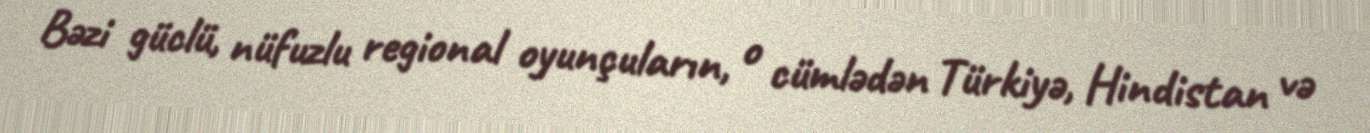
Bəzi güclü, nüfuzlu regional oyunçuların, o cümlədən Türkiyə, Hindistan və